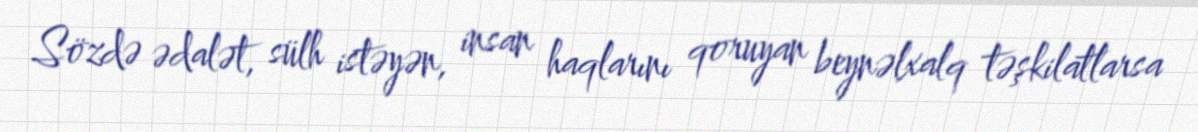
Sözdə ədalət, sülh istəyən, insan haqlarını qoruyan beynəlxalq təşkilatlarsa